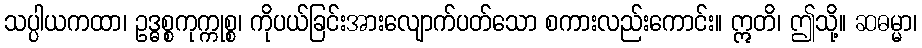
သပ္ပါယကထာ၊ ဥဒ္ဓစ္စကုက္ကုစ္စ၊ ကိုပယ်ခြင်းအားလျောက်ပတ်သော စကားလည်းကောင်း။ ဣတိ၊ ဤသို့။ ဆဓမ္မာ၊